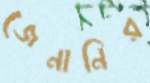
জেনানির